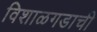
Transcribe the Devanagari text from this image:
विशाळगडाची